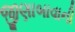
જીણાબાવાની